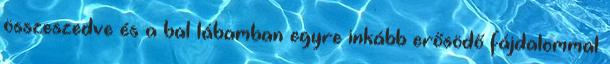
összeszedve és a bal lábamban egyre inkább erősödő fájdalommal